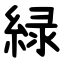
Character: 緑